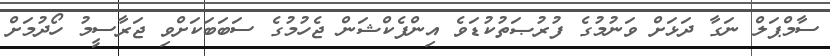
ސާމްޕަލް ނަގާ ދަޅަށް ވަނުމުގެ ފުރުޞަތުކުޑަވެ އިންފެކްޝަން ޖެހުމުގެ ސަބަބަކަށްވި ޖަރާސީމު ހޯދުމަށް